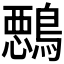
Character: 𱈵